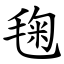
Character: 毱